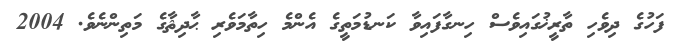
ފަހުގެ ދިވެހި ތާރީޚުގައިވެސް ހިނގާފައިވާ ކަނޑުމަތީގެ އެންމެ ހިތާމަވެރި ޙާދިޘާގެ މަތިންނެވެ. 2004